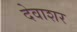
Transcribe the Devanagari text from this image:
देवाशर